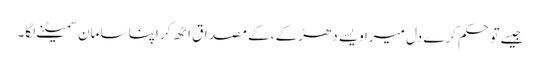
جیسے تو حکم کرے دل میرا ویسے دھڑکے ،کے مصداق اٹھ کر اپنا سامان سمیٹنے لگا۔